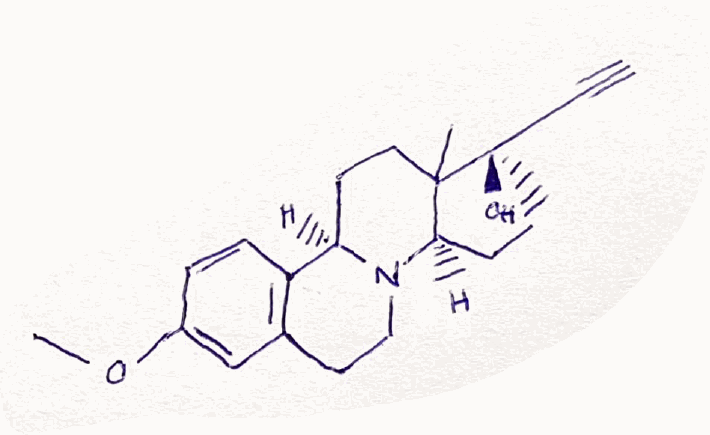
Simplified molecular-input line-entry system (SMILES) notation of the given molecule:
CC12CC[C@@H]3C4=C(CCN3[C@@H]1CC[C@]2(C#C)O)C=C(C=C4)OC